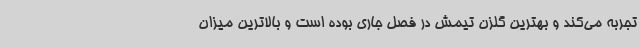
تجربه می‌کند و بهترین گلزن تیمش در فصل جاری بوده است و بالاترین میزان